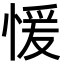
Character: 愋